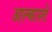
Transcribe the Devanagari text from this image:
अल्बास्ते